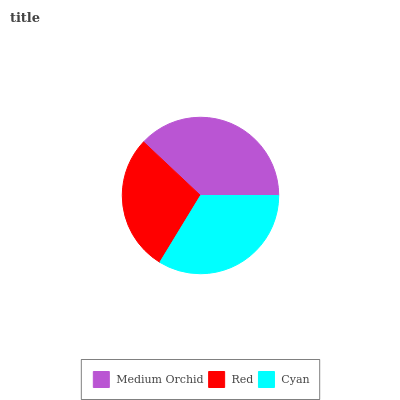
| Medium Orchid | Red | Cyan |
 | --- | --- | --- |
 | 38% | 28.3% | 33.7% |